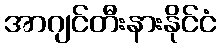
အာဂျင်တီးနားနိုင်ငံ